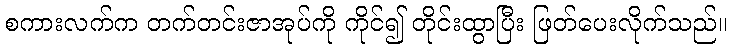
စကားလက်က တက်တင်းဇာအုပ်ကို ကိုင်၍ တိုင်းထွာပြီး ဖြတ်ပေးလိုက်သည်။